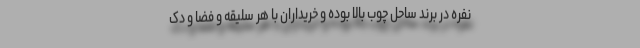
نفره در برند ساحل چوب بالا بوده و خریداران با هر سلیقه و فضا و دک